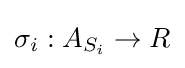
\sigma _{i}:A_{S_{i}}\rightarrow R